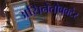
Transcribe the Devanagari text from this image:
असिनेतोबक्टेर